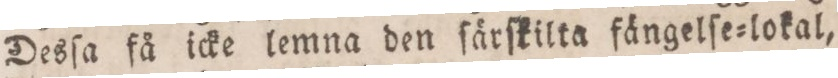
Desſa få icke lemna den ſärſkilta fängelſe=lokal,